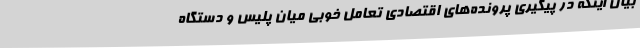
بیان اینکه در پیگیری پرونده‌های اقتصادی تعامل خوبی میان پلیس و دستگاه